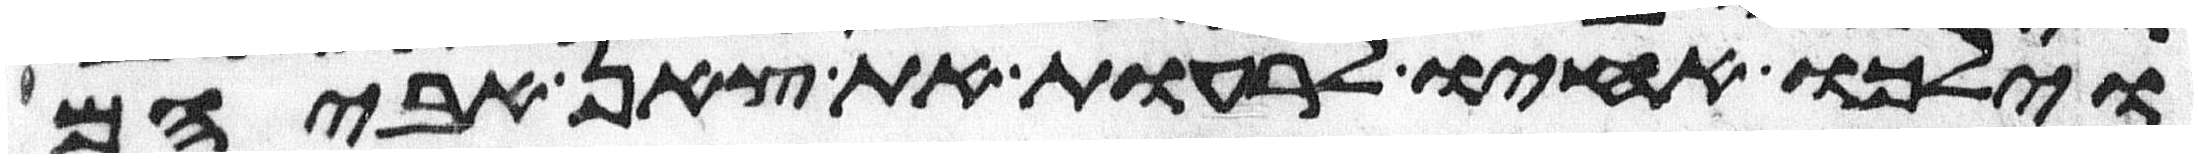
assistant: וילכו אחיו לרעות את צאן אביהם